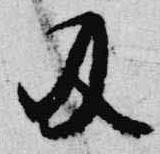
及